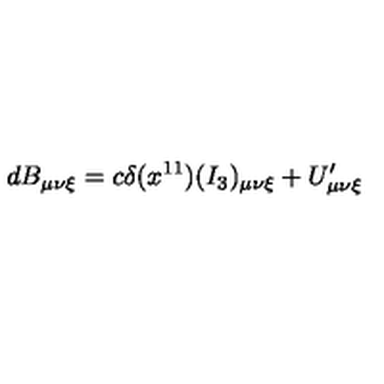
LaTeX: d B _ { \mu \nu \xi } = c \delta ( x ^ { 1 1 } ) ( I _ { 3 } ) _ { \mu \nu \xi } + U _ { \mu \nu \xi } ^ { \prime }